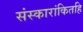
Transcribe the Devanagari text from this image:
संस्कारांकितहि